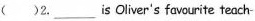
()2.___ is Oliver 's favourite teach-